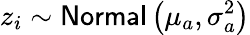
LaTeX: z_{i}\sim\mathsf{Normal}\left(\mu_{a},\sigma_{a}^{2}\right)